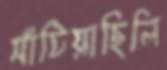
সাঁটিয়াছিলি